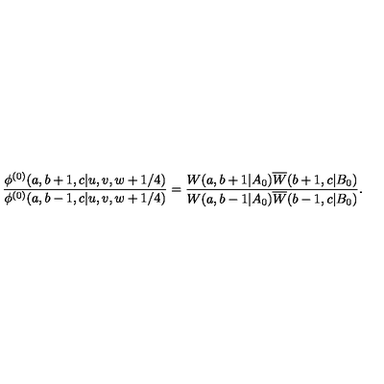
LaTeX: \displaystyle { \frac { \phi ^ { ( 0 ) } ( a , b + 1 , c | u , v , w + 1 / 4 ) } { \phi ^ { ( 0 ) } ( a , b - 1 , c | u , v , w + 1 / 4 ) } } = \displaystyle { \frac { W ( a , b + 1 | A _ { 0 } ) \overline { { W } } ( b + 1 , c | B _ { 0 } ) } { W ( a , b - 1 | A _ { 0 } ) \overline { { W } } ( b - 1 , c | B _ { 0 } ) } } .